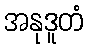
အနုဒူတံ